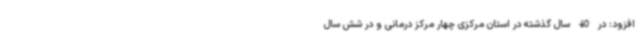
افزود: در 40 سال گذشته در استان مرکزی چهار مرکز درمانی و در شش سال